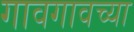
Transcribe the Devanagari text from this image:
गावगावच्या